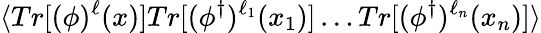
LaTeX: \langle Tr[(\phi)^{\ell}(x)]Tr[(\phi^{\dagger})^{\ell_{1}}(x_{1})]\ldots Tr[(\phi^{\dagger})^{\ell_{n}}(x_{n})]\rangle